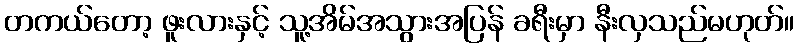
တကယ်တော့ ဖူးလားနှင့် သူ့အိမ်အသွားအပြန် ခရီးမှာ နီးလှသည်မဟုတ်။